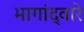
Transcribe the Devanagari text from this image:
भागांद्वारे